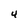
Character: 4